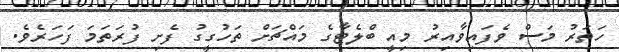
ހަތަރު މަސް ވެފައިވާއިރު މިއީ ބްލެޓާގެ މައްޗަށް ތަހުގީގު ފެށި ފުރަތަމަ ފަހަރެވެ.